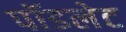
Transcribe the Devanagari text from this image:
पॉडलेट